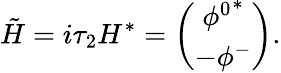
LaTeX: \tilde{H}=i\tau_{2}H^{*}=\left(\begin{array}{c}{{{\phi^{0}}^{*}}}\\ {{-\phi^{-}}}\end{array}\right).